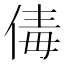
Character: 𠉩